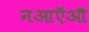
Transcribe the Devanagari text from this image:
नआऍऑ